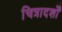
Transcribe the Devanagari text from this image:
चित्रादर्शों